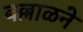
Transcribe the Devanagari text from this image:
बल्लाळने